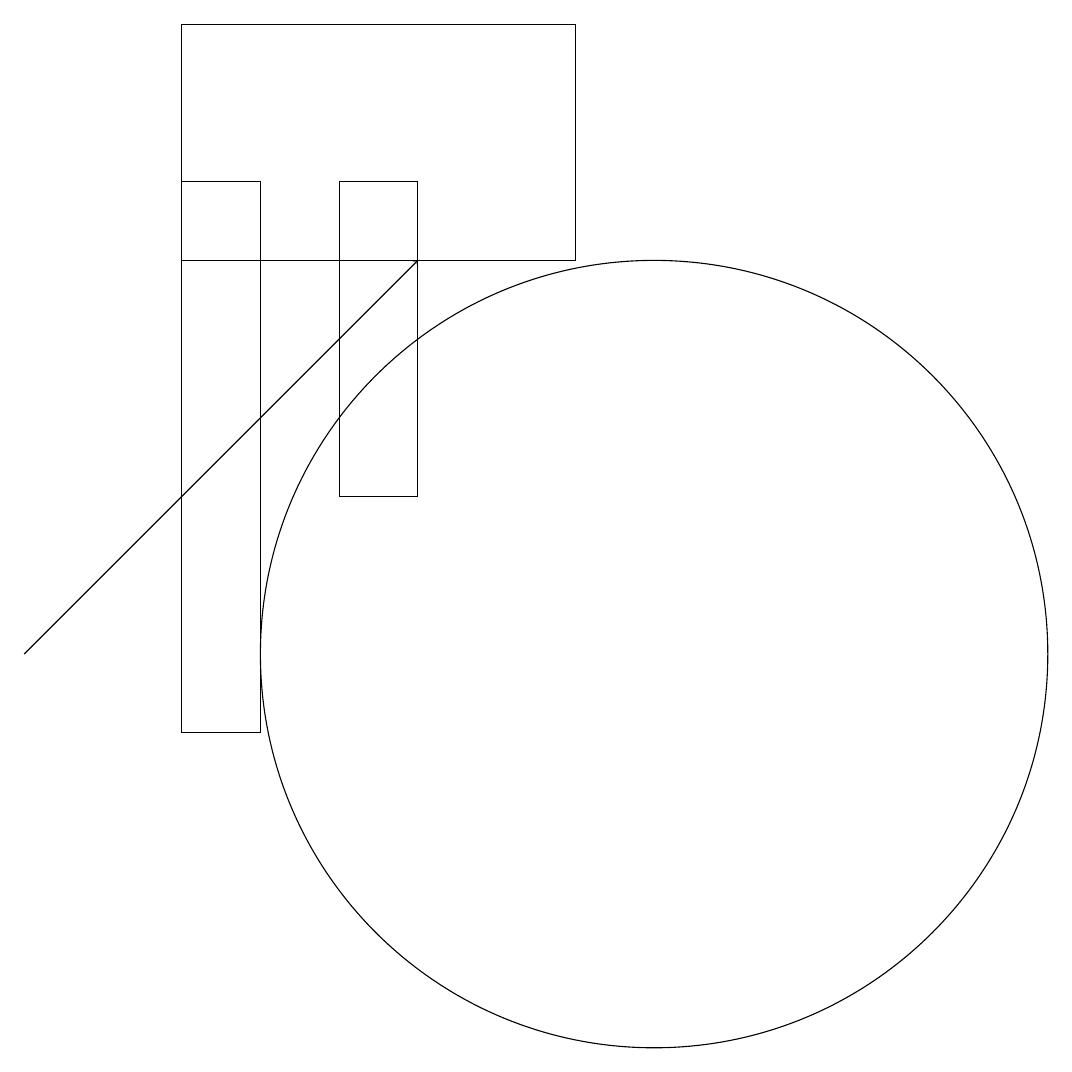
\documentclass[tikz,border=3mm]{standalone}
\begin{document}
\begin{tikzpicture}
\draw (5,17) rectangle (4,10);
\draw (7,13) rectangle (6,17);
\draw (4,16) rectangle (9,19);
\draw (10,11) circle (5);
\draw[->] (2,11) -- (7,16);
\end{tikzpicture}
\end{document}